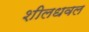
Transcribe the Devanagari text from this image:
शीलधवल